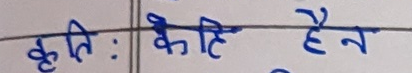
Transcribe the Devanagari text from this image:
कृति : केही हैन